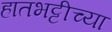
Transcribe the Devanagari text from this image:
हातभट्टीच्या